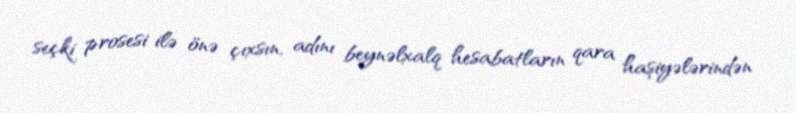
seçki prosesi ilə önə çıxsın, adını beynəlxalq hesabatların qara haşiyələrindən